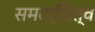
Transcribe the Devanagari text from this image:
समदर्शित्व